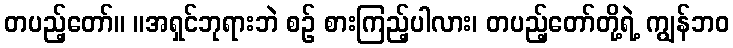
တပည့်တော်။ ။အရှင်ဘုရားဘဲ စဉ် စားကြည့်ပါလား၊ တပည့်တော်တို့ရဲ့ ကျွန်ဘဝ